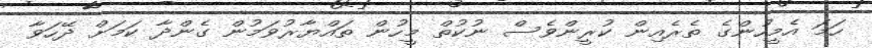
ހަމަ އެމީހުންގެ ތެރެއިން ކުރީންވެސް ނުކުތް މީހުން ތައްޔާރުވަމުން ގެންދާ ކަމަށް ދޭހަވާ